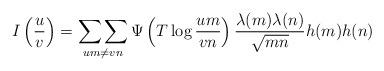
LaTeX: \begin{align*} I\left(\frac{u}{v}\right)=\mathop{\sum\sum}_{um\neq vn}\Psi\left(T\log{\frac{um}{vn}}\right)\frac{\lambda(m)\lambda(n)}{\sqrt{mn}}h(m)h(n)\end{align*}